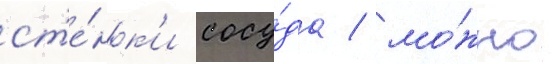
ст'е́нк'и сосу́да / мо́жно